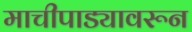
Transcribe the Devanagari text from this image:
माचीपाड्यावरून